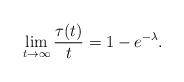
LaTeX: \begin{align*} \lim_{t\to\infty} \frac{\tau(t)}{t}=1-e^{-\lambda}.\end{align*}